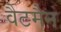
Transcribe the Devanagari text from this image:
वैटमैन